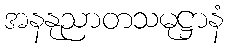
အနနုညာတသမုဋ္ဌာနံ